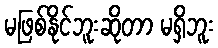
မဖြစ်နိုင်ဘူးဆိုတာ မရှိဘူး